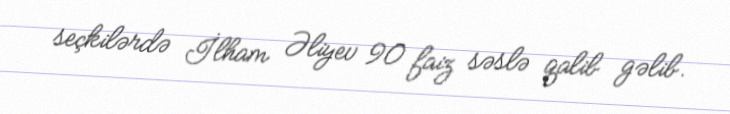
seçkilərdə İlham Əliyev 90 faiz səslə qalib gəlib.